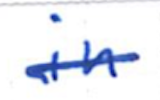
Text: in
Cross-out: single-line
Writing tool: ballpoint